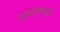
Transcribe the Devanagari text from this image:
नृत्यशालाएँ